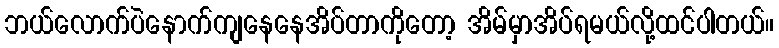
ဘယ်လောက်ပဲနောက်ကျနေနေအိပ်တာကိုတော့ အိမ်မှာအိပ်ရမယ်လို့ထင်ပါတယ်။